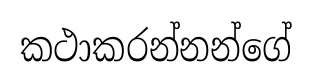
කථාකරන්නන්ගේ